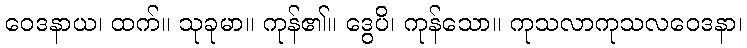
ဝေဒနာယ၊ ထက်။ သုခုမာ။ ကုန်၏။ ဒွေပိ၊ ကုန်သော။ ကုသလာကုသလဝေဒနာ၊